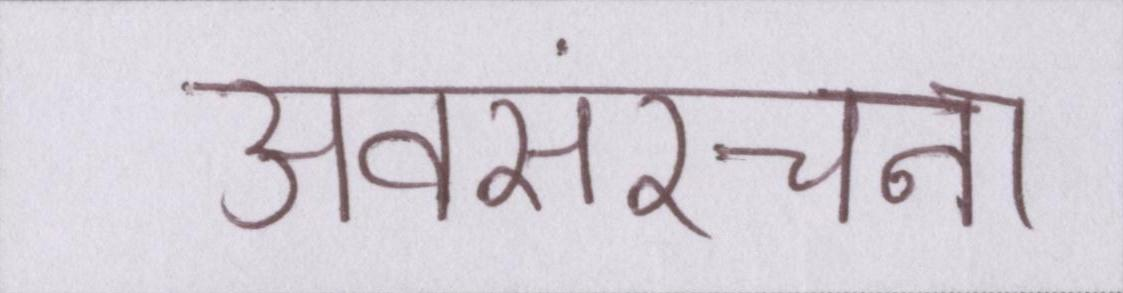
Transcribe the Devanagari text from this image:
अवसंरचना